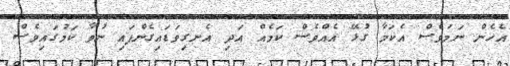
އެހެން ނަމަވެސް އެކަމާ ގުޅޭ އެއްވެސް ކަމެއް އަދި އެނގިވަޑައިގެންފައި ނުވާ ކަމުގައިވެސް